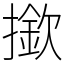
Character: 撳